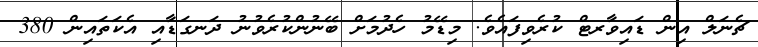
ޗެނަލް އިން ޑައިވާރޓް ކުރެވިފައެވެ. މިޑޭމު ހެދުމަށް ބޭނުންކުރެވުނު ދަނގަޑާއި އެކަތައިން 380